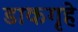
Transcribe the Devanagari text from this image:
डाकगृहे